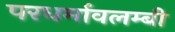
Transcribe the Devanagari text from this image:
परधर्मावलम्बी